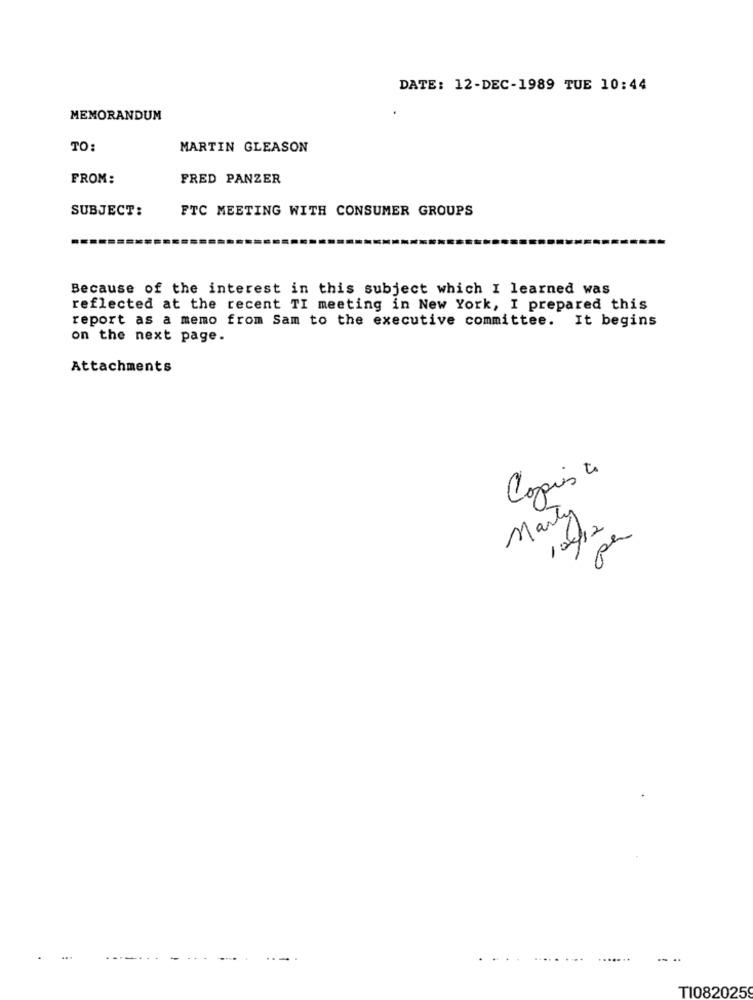
DATE: 12-DEC-1989 TUE 10:44
MEMORANDUM
TO:
MARTIN GLEASON
FROM:
FRED PANZER
SUBJECT:
FTC MEETING WITH CONSUMER GROUPS
Because of the interest in this subject which I learned was
reflected at the recent TI meeting in New York, I prepared this
report as a memo from Sam to the executive committee. It begins
on the next page.
Attachments
Copies to
Marty
/04/12
....
TI082025